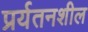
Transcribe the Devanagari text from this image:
प्रर्यतनशील